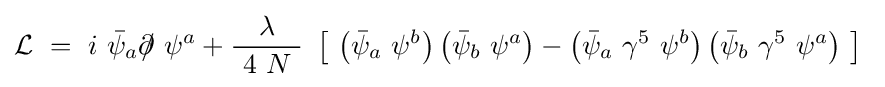
{\mathcal {L}}\ =\ i\ {\bar {\psi }}_{a}\partial \!\!\!/\ \psi ^{a}+{\frac {\lambda }{\ 4\ N\ }}\ \left[\ \left({\bar {\psi }}_{a}\ \psi ^{b}\right)\left({\bar {\psi }}_{b}\ \psi ^{a}\right)-\left({\bar {\psi }}_{a}\ \gamma ^{5}\ \psi ^{b}\right)\left({\bar {\psi }}_{b}\ \gamma ^{5}\ \psi ^{a}\right)\ \right]\